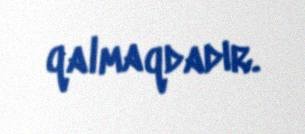
qalmaqdadır.